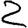
Digit: 2